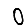
Digit: 0